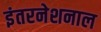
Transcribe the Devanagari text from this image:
इंतरनेशनाल